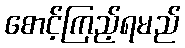
စောင့်ကြည့်ရမည်